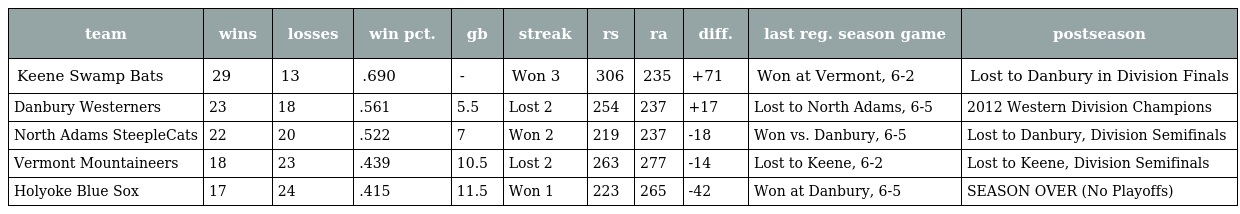
| team | wins | losses | win pct. | gb | streak | rs | ra | diff. | last reg. season game | postseason |
 | --- | --- | --- | --- | --- | --- | --- | --- | --- | --- | --- |
 | Keene Swamp Bats | 29 | 13 | .690 | - | Won 3 | 306 | 235 | +71 | Won at Vermont, 6-2 | Lost to Danbury in Division Finals |
 | Danbury Westerners | 23 | 18 | .561 | 5.5 | Lost 2 | 254 | 237 | +17 | Lost to North Adams, 6-5 | 2012 Western Division Champions |
 | North Adams SteepleCats | 22 | 20 | .522 | 7 | Won 2 | 219 | 237 | -18 | Won vs. Danbury, 6-5 | Lost to Danbury, Division Semifinals |
 | Vermont Mountaineers | 18 | 23 | .439 | 10.5 | Lost 2 | 263 | 277 | -14 | Lost to Keene, 6-2 | Lost to Keene, Division Semifinals |
 | Holyoke Blue Sox | 17 | 24 | .415 | 11.5 | Won 1 | 223 | 265 | -42 | Won at Danbury, 6-5 | SEASON OVER (No Playoffs) |